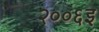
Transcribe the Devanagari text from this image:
२००६इ